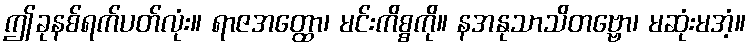
ဤခုနစ်ရက်ပတ်လုံး။ ရာဇအတ္ထော၊ မင်းကိစ္စကို။ နအနုသာသိတဗ္ဗော၊ မဆုံးမအံ့။